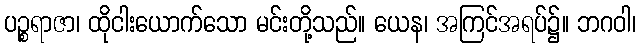
ပဉ္စရာဇာ၊ ထိုငါးယောက်သော မင်းတို့သည်။ ယေန၊ အကြင်အရပ်၌။ ဘဂဝါ၊